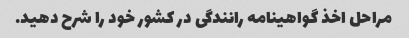
مراحل اخذ گواهینامه رانندگی در کشور خود را شرح دهید.